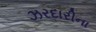
ઝરદારીના